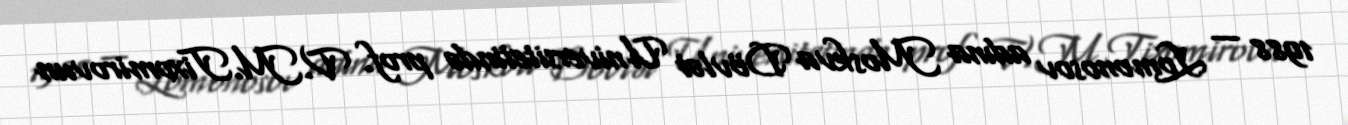
1988 — Lomonosov adına Moskva Dövlət Universitetində prof. V.M.Tixomirovun